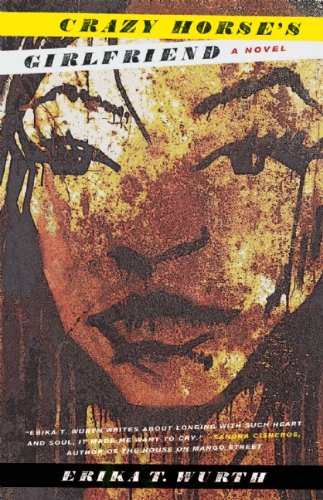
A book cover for Crazy Horse's Girlfriend; Erika T. Wurth; Literature & Fiction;